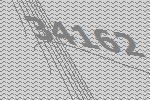
34162